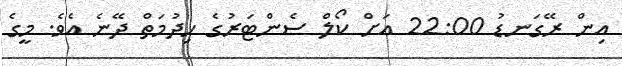
އިން ރޭގަނޑު 22:00 އަށް ކޯލް ސެންޓަރުގެ ހިދުމަތް ދޭނެ އެވެ. މީގެ